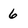
Character: 6